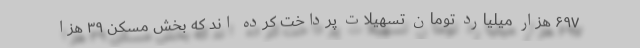
۶۹۷ هزار میلیارد تومان تسهیلات پرداخت کرده اند که بخش مسکن ۳۹ هزا